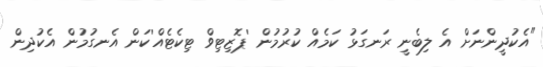
"އެކުދީންނަށް އެ ލިބެނީ ރަނގަޅު ކަމެއް ކުރުމުން 'ޕޮޒިޓިވް ޓިކެޓެއް'ކަން އެނގުމުން އެކުދިން